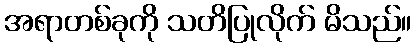
အရာတစ်ခုကို သတိပြုလိုက် မိသည်။